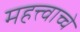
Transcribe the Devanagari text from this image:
महत्त्वाच्चे